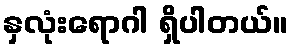
နှလုံးရောဂါ ရှိပါတယ်။